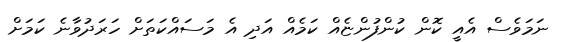
ނަމަވެސް އެއީ ކޮން ކުންފުންޏެއް ކަމެއް އަދި އެ މަސައްކަތަށް ހަަރަދުވާނެ ކަމަށް